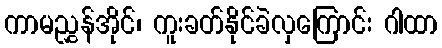
ကာမညွှန်အိုင်၊ ကူးခတ်နိုင်ခဲလှကြောင်း ဂါထာ